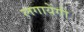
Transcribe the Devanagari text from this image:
लगायेंगी